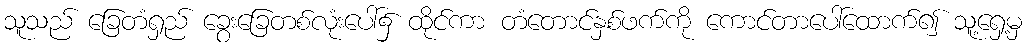
သူသည် ခြေတံရှည် ခွေးခြေတစ်လုံးပေါ်၌ ထိုင်ကာ တံတောင်နှစ်ဖက်ကို ကောင်တာပေါ်ထောက်၍ သူ့ရှေ့မှ